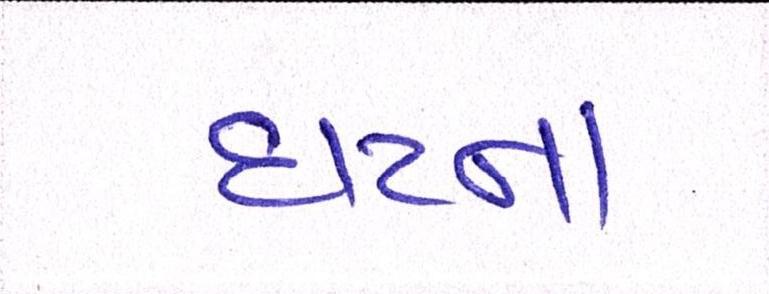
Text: ઘટના